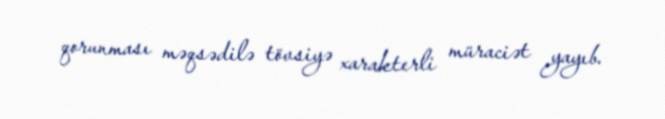
qorunması məqsədilə tövsiyə xarakterli müraciət yayıb.